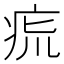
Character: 𤵯